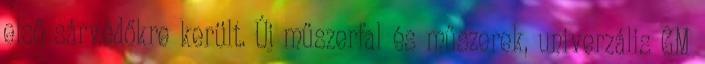
első sárvédőkre került. Új műszerfal és műszerek, univerzális GM